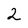
Character: 2